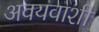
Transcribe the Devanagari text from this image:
अवयवाशी